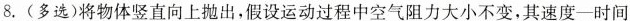
8.(多选)将物体竖直向上抛出，假设运动过程中空气阻力大小不变，其速度-时间